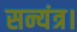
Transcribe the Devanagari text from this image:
सन्यंत्र।